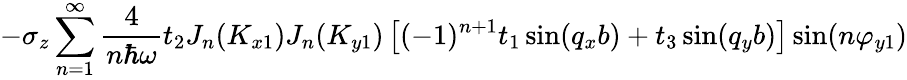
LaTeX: -\sigma_{z}\sum_{n=1}^{\infty}\frac{4}{n\hbar\omega}t_{2}J_{n}(K_{x1})J_{n}(K_{y1})\left[(-1)^{n+1}t_{1}\sin(q_{x}b)+t_{3}\sin(q_{y}b)\right]\sin(n\varphi_{y1})